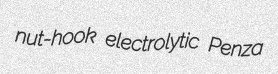
nut-hook electrolytic Penza